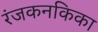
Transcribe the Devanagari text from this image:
रंजकनकिका